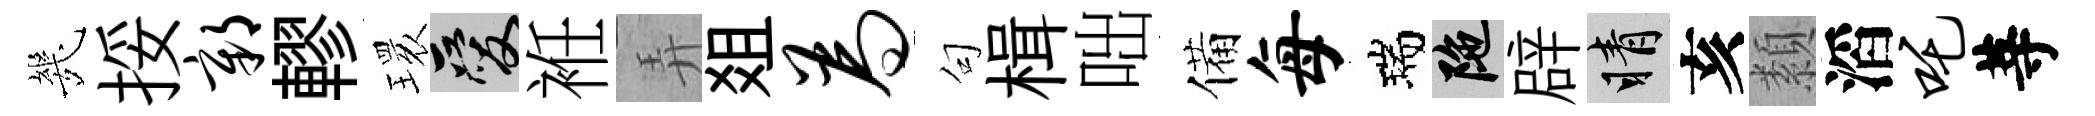
㡬挼鄣轇𤨔爱袵弄爼为句楫咄備每瑞陀辟睛亥纇滔吒䓁